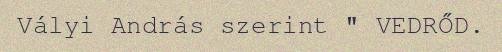
Vályi András szerint " VEDRŐD.